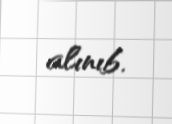
alınıb.